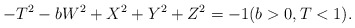
\begin{align*} -T^2-bW^2+X^2+Y^2+Z^2=-1 ( b>0, T<1).\end{align*}